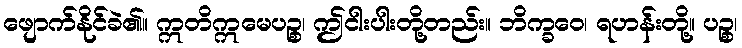
ဖျောက်နိုင်ခဲ၏။ ဣတိဣမေပဉ္စ၊ ဤငါးပါးတို့တည်း။ ဘိက္ခဝေ၊ ရဟန်းတို့။ ပဉ္စ၊